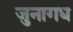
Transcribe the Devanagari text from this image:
जुनागध